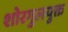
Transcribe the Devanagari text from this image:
शोरगुलयुक्त